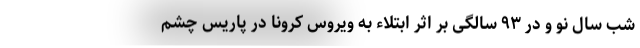
شب سال نو و در ۹۳ سالگی بر اثر ابتلاء به ویروس کرونا در پاریس چشم